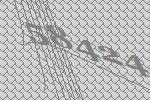
58424